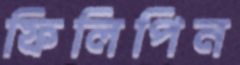
ফিলিপিন